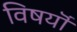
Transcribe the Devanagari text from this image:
विषयॊं